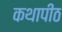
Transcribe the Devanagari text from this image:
कथापीठ